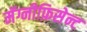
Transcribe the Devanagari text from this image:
मॅग्नीफ़िसेन्ट